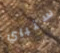
سنباي